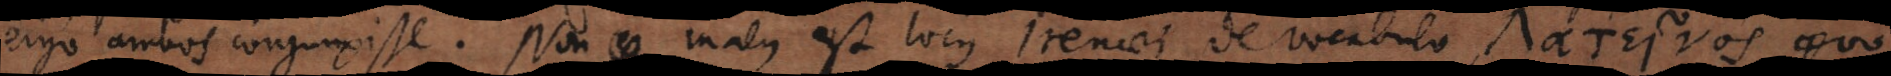
ergo ambos conjunxisse. Non malus est locus Irenaei de vocabulo Λατει νος quo